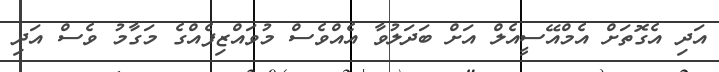
އަދި އެގޮތަށް އެމްއޭސީއެލް އަށް ބަދަލުވާ އެއްވެސް މުވައްޒިފެއްގެ މަގާމު ވެސް އަދި